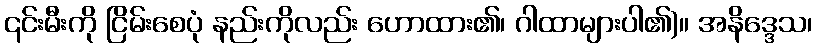
၎င်းမီးကို ငြိမ်းစေပုံ နည်းကိုလည်း ဟောထား၏၊ ဂါထာများပါ၏)။ အနိဒ္ဒေသ၊